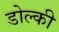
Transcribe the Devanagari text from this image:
डोल्की